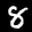
Label: 8